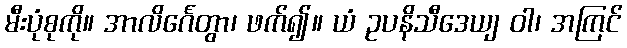
မီးပုံစုကို။ အာလိင်္ဂေတွာ၊ ဖက်၍။ ယံ ဥပနိသီဒေယျ ဝါ၊ အကြင်